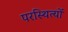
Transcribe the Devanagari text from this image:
परस्थित्यों